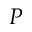
P